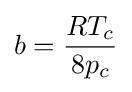
b={\frac {RT_{c}}{8p_{c}}}